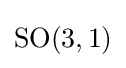
{\textstyle {\text{SO}}(3,1)}